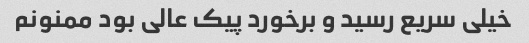
خیلی سریع رسید و برخورد پیک عالی بود ممنونم